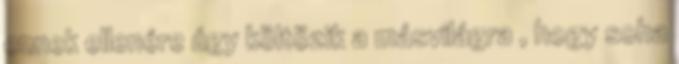
ennek ellenére úgy költözik a másvilágra , hogy soha